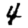
Digit: 4